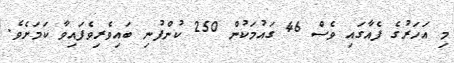
މި އަހަރުގެ ފެއާގައި ވެސް 46 ގައުމަކުން 250 ކުންފުނި ބައިވެރިވެފައިވާ ކަމަށެވެ.